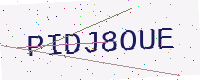
Text: PIDJ8OUE